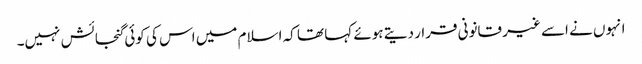
انہوں نے اسے غیر قانونی قرار دیتے ہوئے کہا تھا کہ اسلام میں اس کی کوئی گنجائش نہیں۔